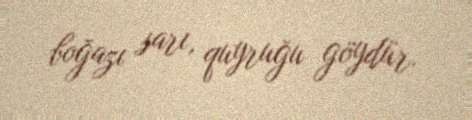
boğazı sarı, quyruğu göydür.